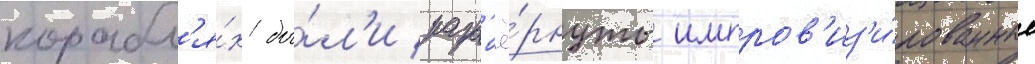
корабл'я́х бы́л'и разв'ё́рнуты импров'из'и́рованные